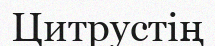
Цитрустің